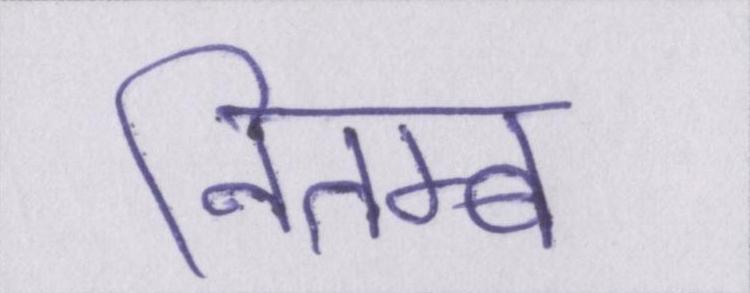
नितम्ब